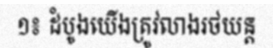
១៖ ដំបូងយើងត្រូវលាងរថយន្ត